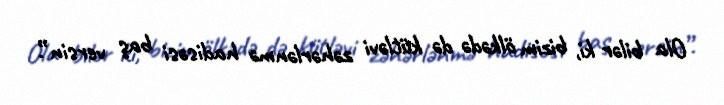
Ola bilər ki, bizim ölkədə də kütləvi zəhərlənmə hadisəsi baş versin”.